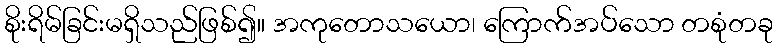
စိုးရိမ်ခြင်းမရှိသည်ဖြစ်၍။ အကုတောသယော၊ ကြောက်အပ်သော တစုံတခု